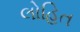
લોહિત